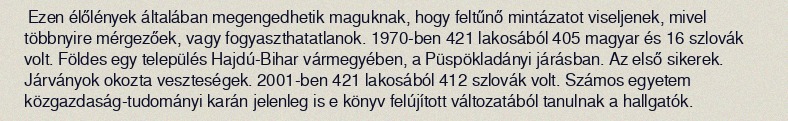
Ezen élőlények általában megengedhetik maguknak, hogy feltűnő mintázatot viseljenek, mivel többnyire mérgezőek, vagy fogyaszthatatlanok. 1970-ben 421 lakosából 405 magyar és 16 szlovák volt. Földes egy település Hajdú-Bihar vármegyében, a Püspökladányi járásban. Az első sikerek. Járványok okozta veszteségek. 2001-ben 421 lakosából 412 szlovák volt. Számos egyetem közgazdaság-tudományi karán jelenleg is e könyv felújított változatából tanulnak a hallgatók.